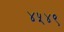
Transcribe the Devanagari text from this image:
४५४९